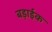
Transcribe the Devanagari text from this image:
बड़ाईक